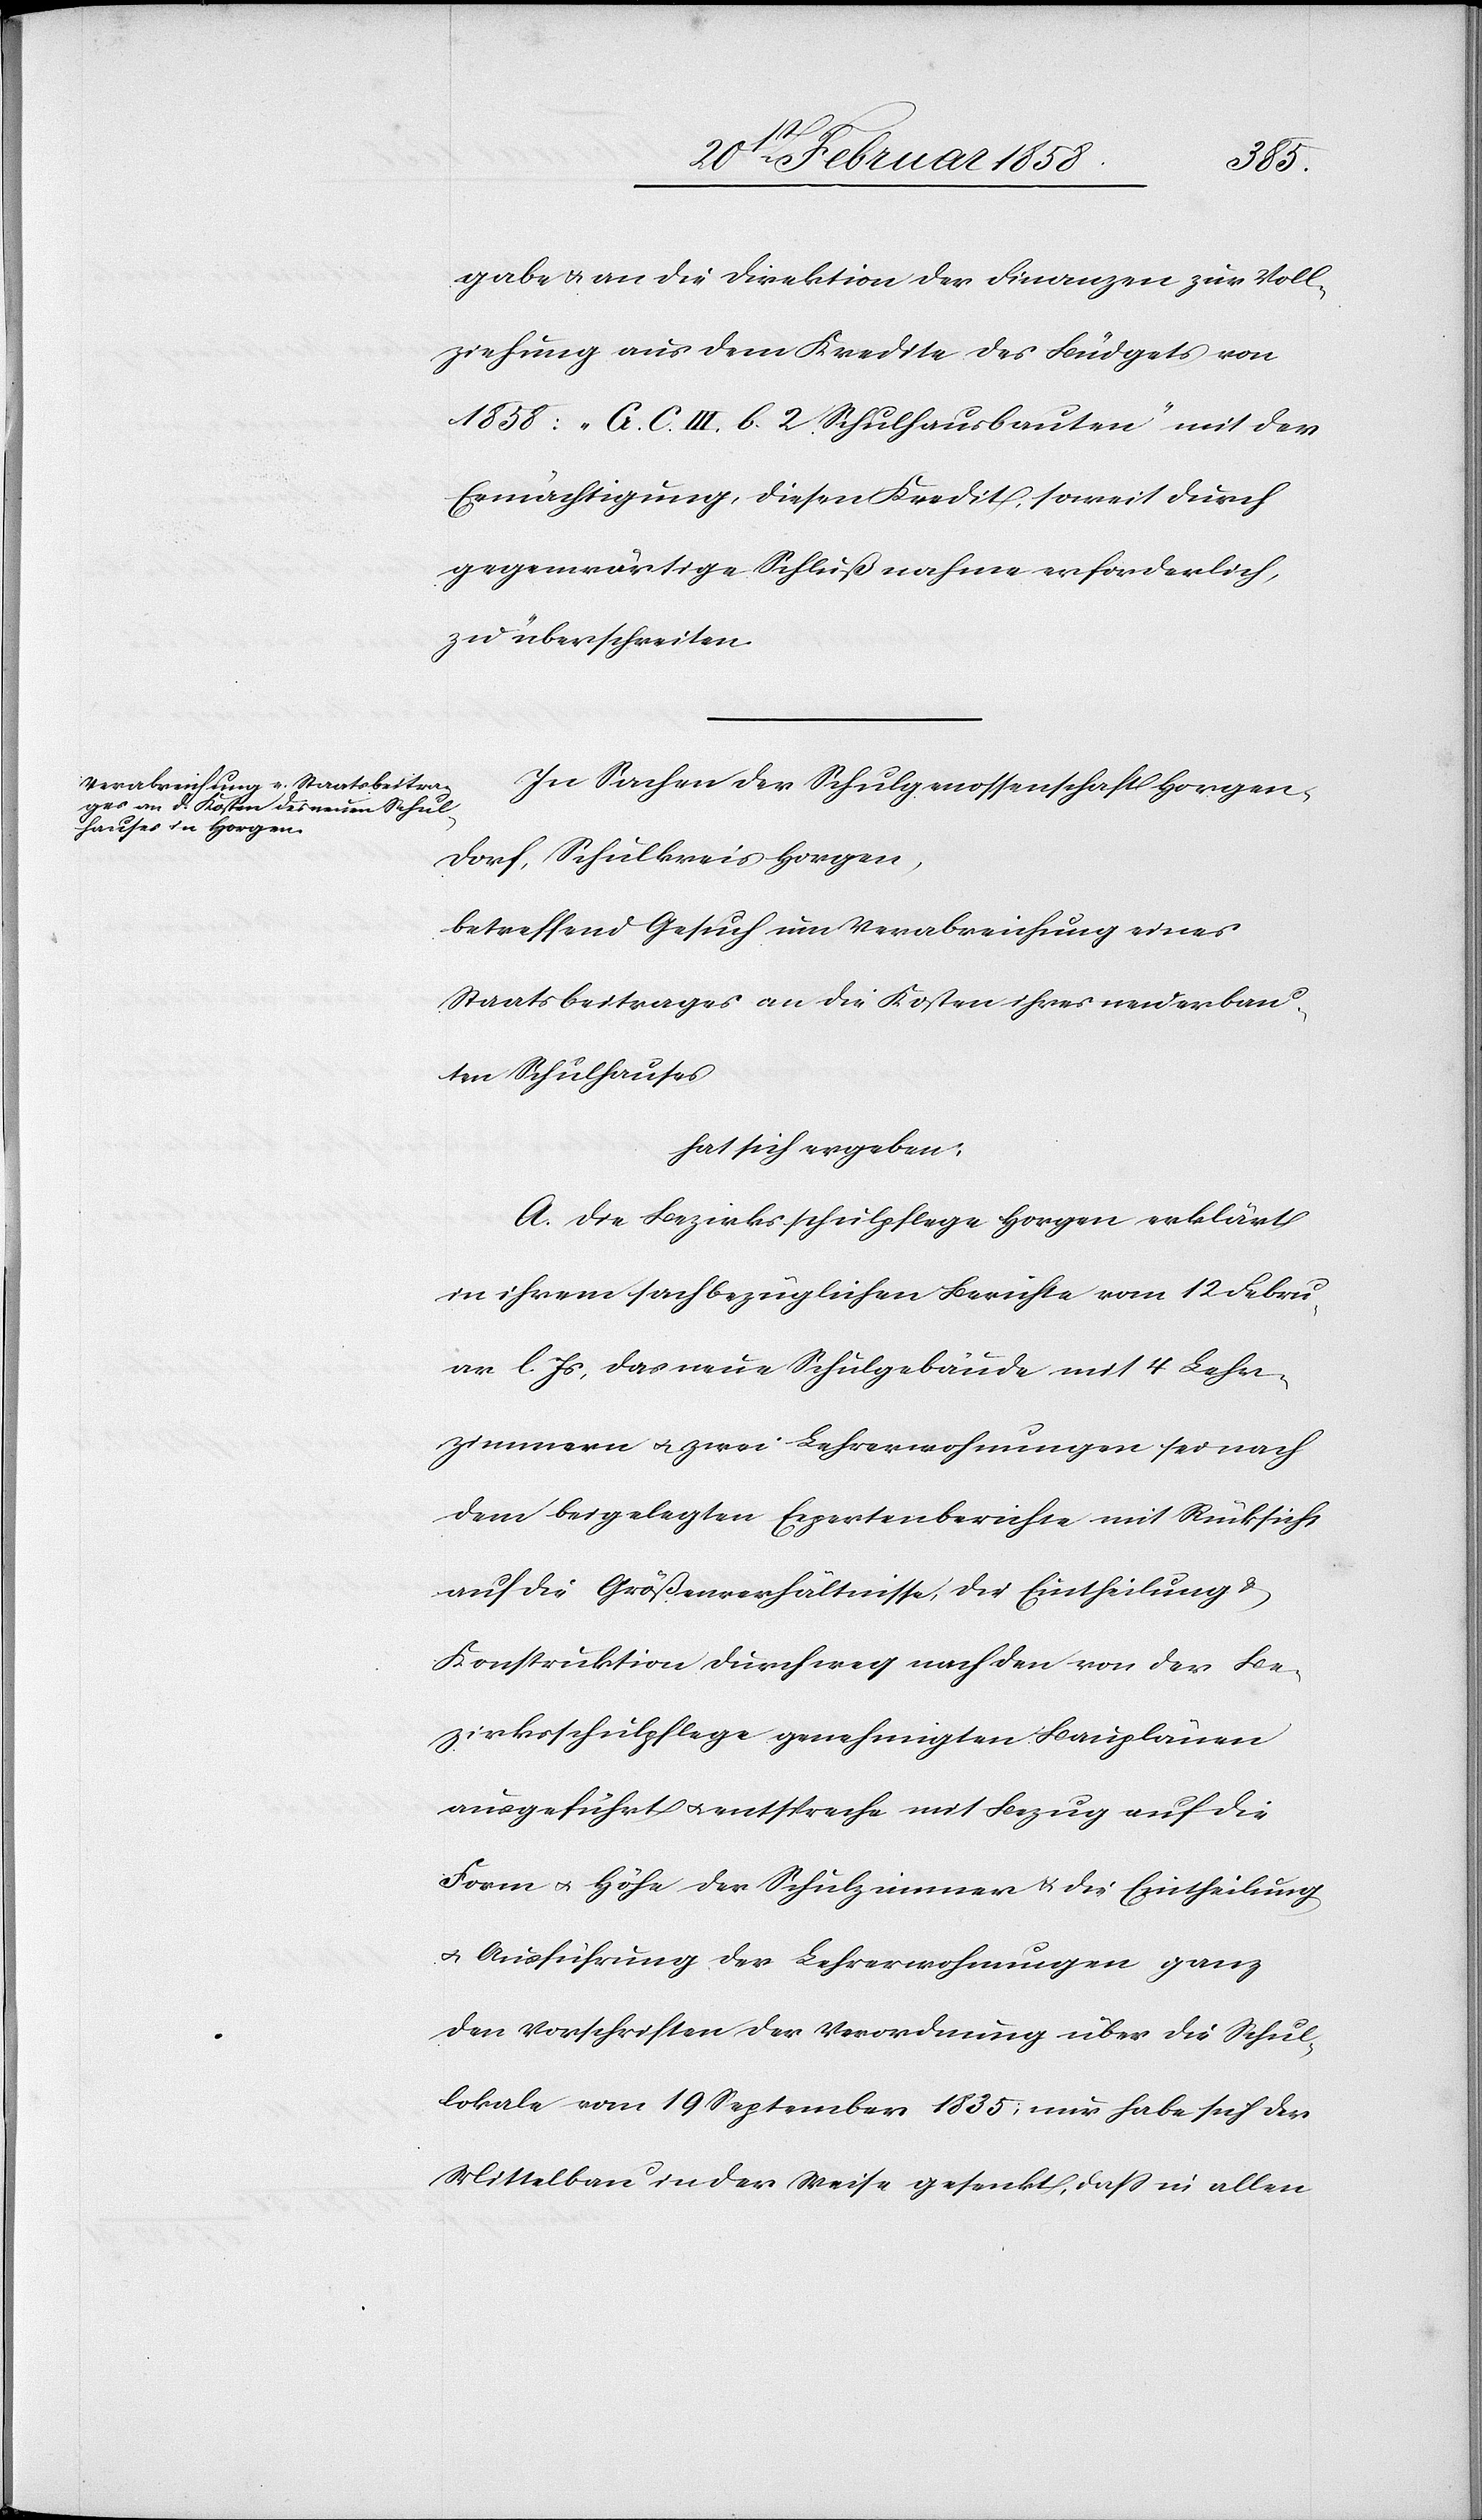
gabe u. an die Direktion der Finanzen zur Voll¬
ziehung aus dem Kredite des Büdgets von
1858: „G. C. III. b. 2 Schulhausbauten“ mit der
Ermächtigung, diesen Kredit, soweit durch
gegenwärtige Schlußnahme erforderlich,
zu überschreiten.
In Sachen der Schulgenossenschaft Horgen-D¬
orf, Schulkreis Horgen,
betreffend Gesuch um Verabreichung eines
Staatsbeitrages an die Kosten ihres neuerbau¬
ten Schulhauses,
hat sich ergeben:
A. Die Bezirksschulpflege Horgen erklärt
in ihrem sachbezüglichen Berichte vom 12 Febru¬
ar l. Js, das neue Schulgebäude mit 4 Lehr¬
zimmern u. zwei Lehrerwohnungen sei nach
dem beigelegten Expertenberichte mit Rücksicht
auf die Größenverhältnisse, die Eintheilung u.
Konstruktion durchweg nach den von der Be¬
zirksschulpflege genehmigten Bauplänen
ausgeführt u. entspreche mit Bezug auf die
Form u. Höhe der Schulzimmer u. die Eintheilung
u. Ausführung der Lehrerwohnungen ganz
den Vorschriften der Verordnung über die Schul¬
lokale vom 19 September 1835, nur habe sich der
Mittelbau in der Weise gesenkt, daß in allen